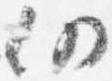
仍